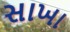
સાખા